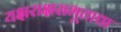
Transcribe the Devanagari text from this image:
यक्षराक्षसभूताद्या